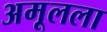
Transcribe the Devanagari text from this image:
अमूलला